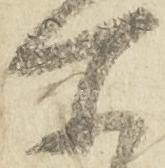
所